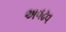
અવઢવ